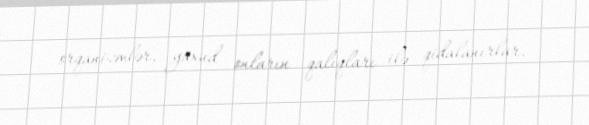
orqanizmlər, yaxud onların qalıqları ilə qidalanırlar.